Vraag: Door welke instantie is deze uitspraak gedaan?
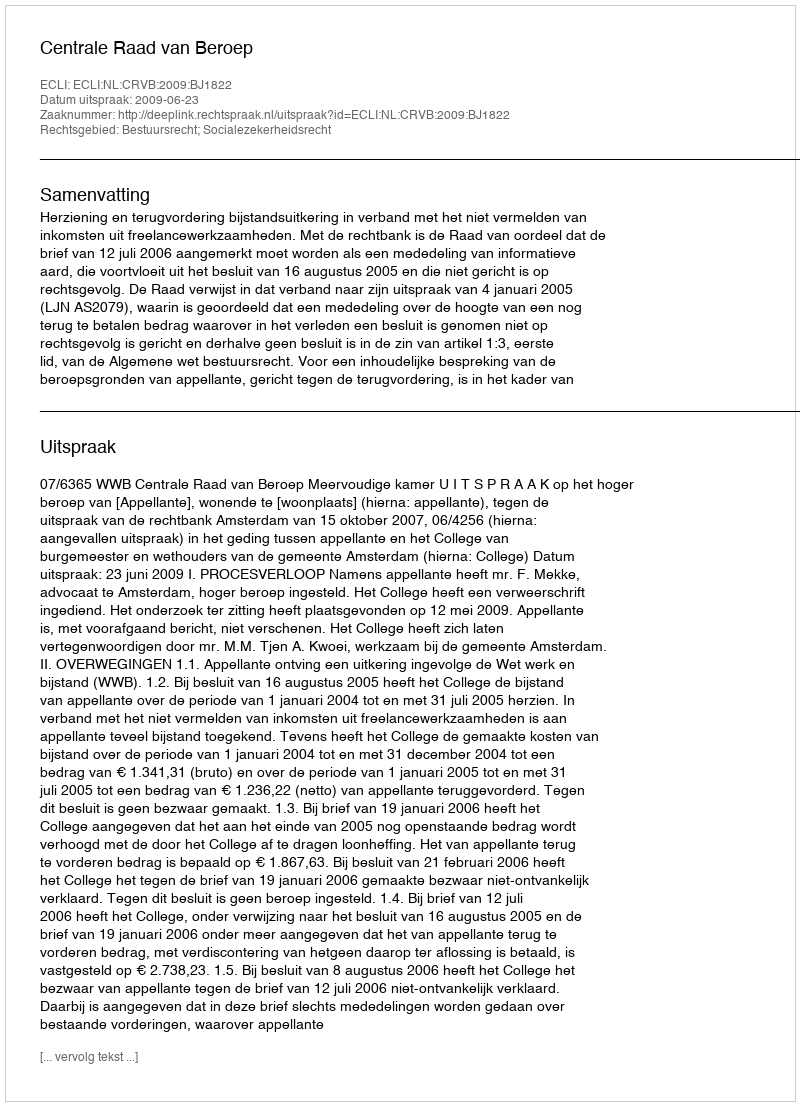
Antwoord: Centrale Raad van Beroep